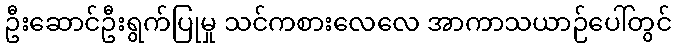
ဦးဆောင်ဦးရွက်ပြုမှု သင်ကစားလေလေ အာကာသယာဉ်ပေါ်တွင်